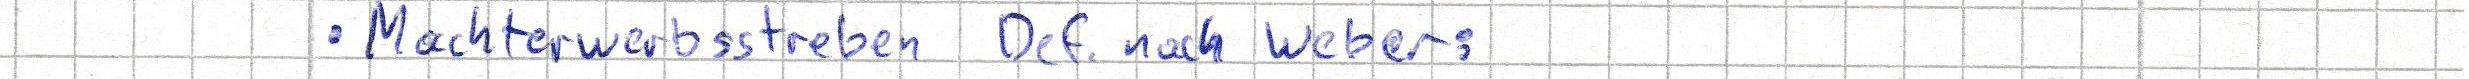
- Machterwerbsstreben Def. nach Weber: